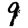
Digit: 9